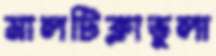
মালটিক্লাভুলা